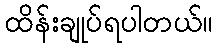
ထိန်းချုပ်ရပါတယ်။